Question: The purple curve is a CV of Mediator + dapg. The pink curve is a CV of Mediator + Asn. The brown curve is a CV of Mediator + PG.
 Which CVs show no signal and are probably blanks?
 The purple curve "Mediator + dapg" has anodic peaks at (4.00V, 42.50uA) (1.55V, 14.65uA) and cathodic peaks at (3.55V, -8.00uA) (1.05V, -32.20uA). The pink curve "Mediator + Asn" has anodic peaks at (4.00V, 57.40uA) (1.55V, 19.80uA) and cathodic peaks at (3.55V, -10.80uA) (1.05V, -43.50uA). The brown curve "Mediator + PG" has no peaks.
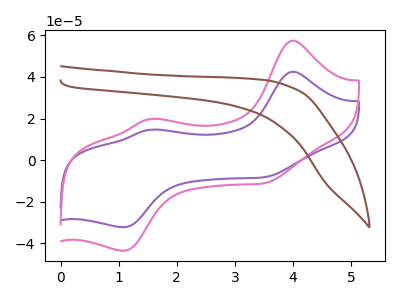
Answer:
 <answer>"Mediator + PG" is likely to be a blank.</answer>
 <eval>Mediator + PG</eval>